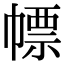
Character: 幖